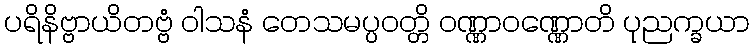
ပရိနိဗ္ဗာယိတဗ္ဗံ ဝါသနံ တေသမပ္ပဝတ္တိ ဝဏ္ဏာဝဏ္ဏောတိ ပုညက္ခယာ